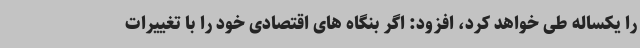
را یکساله طی خواهد کرد، افزود: اگر بنگاه های اقتصادی خود را با تغییرات